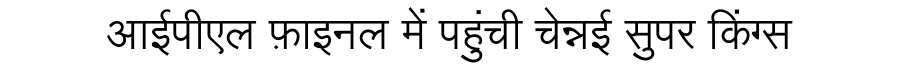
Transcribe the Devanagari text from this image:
आईपीएल फ़ाइनल में पहुंची चेन्नई सुपर किंग्स